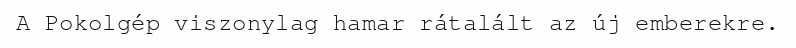
A Pokolgép viszonylag hamar rátalált az új emberekre.